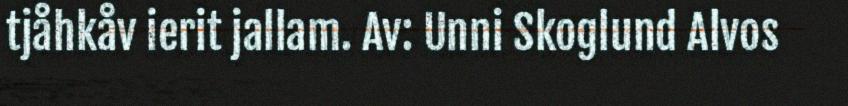
tjåhkåv ierit jallam. Av: Unni Skoglund Alvos